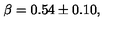
\beta = 0 . 5 4 \pm 0 . 1 0 , \,